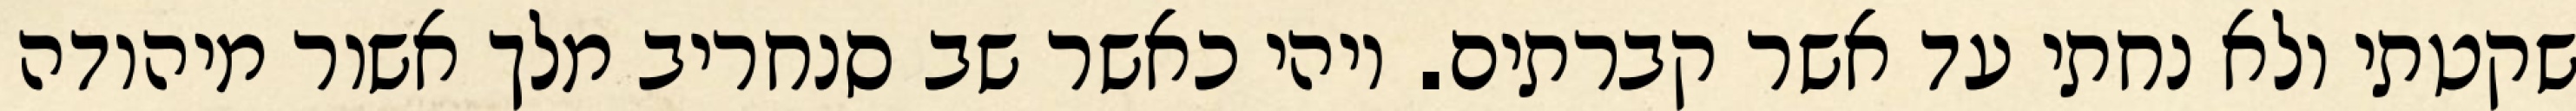
שקטתי ולא נחתי עד אשר קברתים. ויהי כאשר שב סנחריב מלך אשור מיהודה